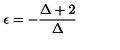
\epsilon = - \frac { \Delta + 2 } { \Delta }